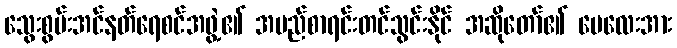
သွေးစွမ်းအင်နတ်ရေစင်အဖွဲ့၏ အမည်စာရင်းတင်သွင်းနိုင် အဆိုတော်၏ မေလေးအား